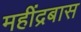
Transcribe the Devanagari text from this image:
महींद्रबास